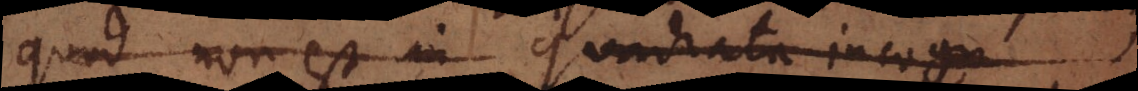
quod non est in quadrata incogn